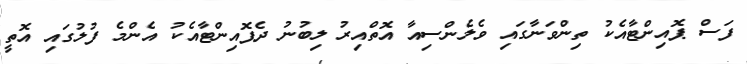
ފަސް ޕޮއިންޓާއެކު ތިންވަނާގައި ވެލެންސިއާ އޮތްއިރު ލިބުނު ދެޕޮއިންޓާއެކު އެންމެ ފުލުގައި އޮތީ